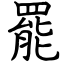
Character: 罷